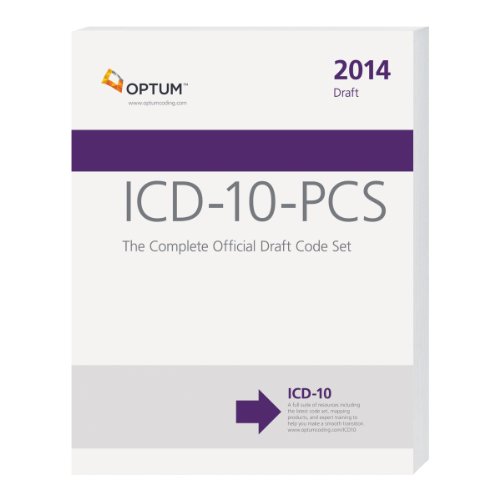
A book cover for ICD-10-PCS: The Complete Official Draft Code Set 2014 Draft; Optuminsight; Medical Books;